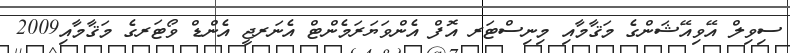
ސިވިލް އޭވިއޭޝަންގެ މަޤާމާއި މިނިސްޓަރ އޮފް އެންވަޔަރަމެންޓް އެނަރޖީ އެންޑް ވޯޓަރގެ މަޤާމާއި2009